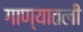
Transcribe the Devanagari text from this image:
गाण्यातली